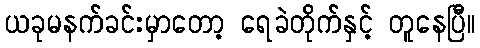
ယခုမနက်ခင်းမှာတော့ ရေခဲတိုက်နှင့် တူနေပြီ။